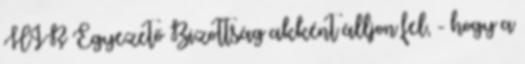
HIR Egyezető Bizottság akként álljon fel, - hogy a